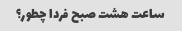
ساعت هشت صبح فردا چطور؟